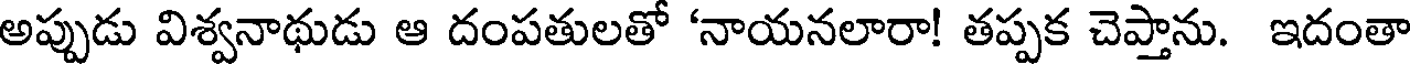
అప్పుడు విశ్వనాథుడు ఆ దంపతులతో 'నాయనలారా! తప్పక చెప్తాను. ఇదంతా